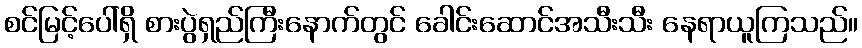
စင်မြင့်ပေါ်ရှိ စားပွဲရှည်ကြီးနောက်တွင် ခေါင်းဆောင်အသီးသီး နေရာယူကြသည်။